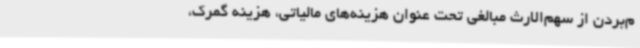
م‌بردن از سهم‌الارث مبالغی تحت عنوان هزینه‌های مالیاتی، هزینه گمرک،